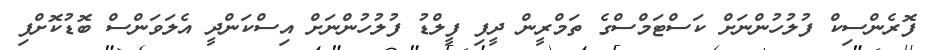
ފޮރެންސިކް ފުލުހުންނަށް ކަސްޓަމްސްގެ ތަމްރީން ދީފި ފީލްޑު ފުލުހުންނަށް އިސްކަންދީ އެލަވަންސް ބޮޑުކޮށްފި